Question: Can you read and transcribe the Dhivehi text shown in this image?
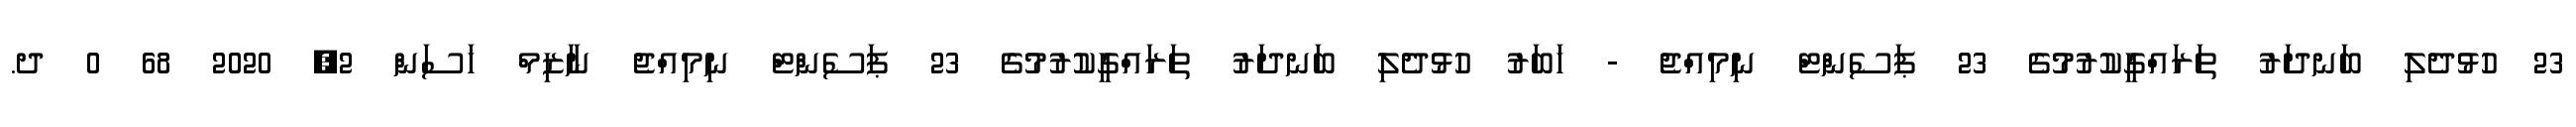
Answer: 23 ހުޅުދެލި ބަނދަރު ތަރައްގީކުރުމުގެ 23 ޕަސެންޓް ނިމިއްޖެ - ޚަބަރު ހުޅުދެލި ބަނދަރު ތަރައްގީކުރުމުގެ 23 ޕަސެންޓް ނިމިއްޖެ ނާޒިމް ހަސަން 2, 2020 68 0 ދ.